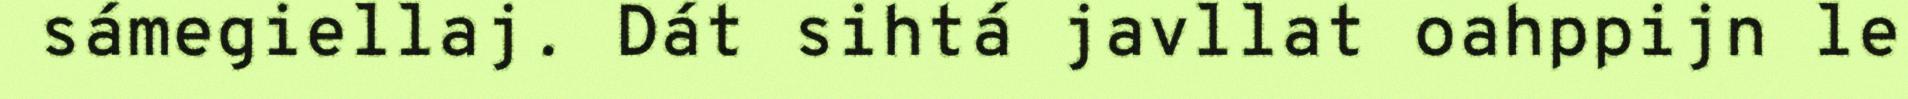
sámegiellaj. Dát sihtá javllat oahppijn le